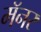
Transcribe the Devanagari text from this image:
मॅनर